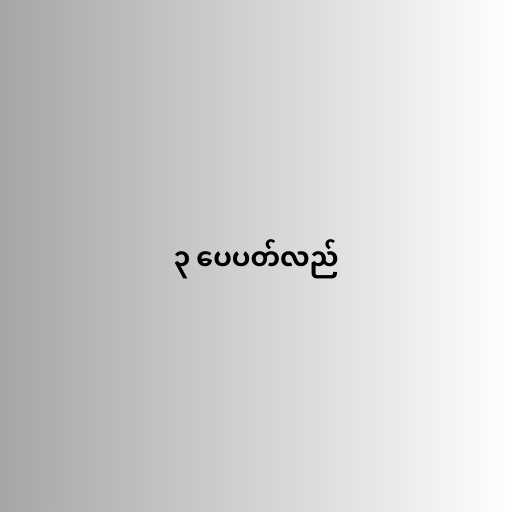
၃ ပေပတ်လည်